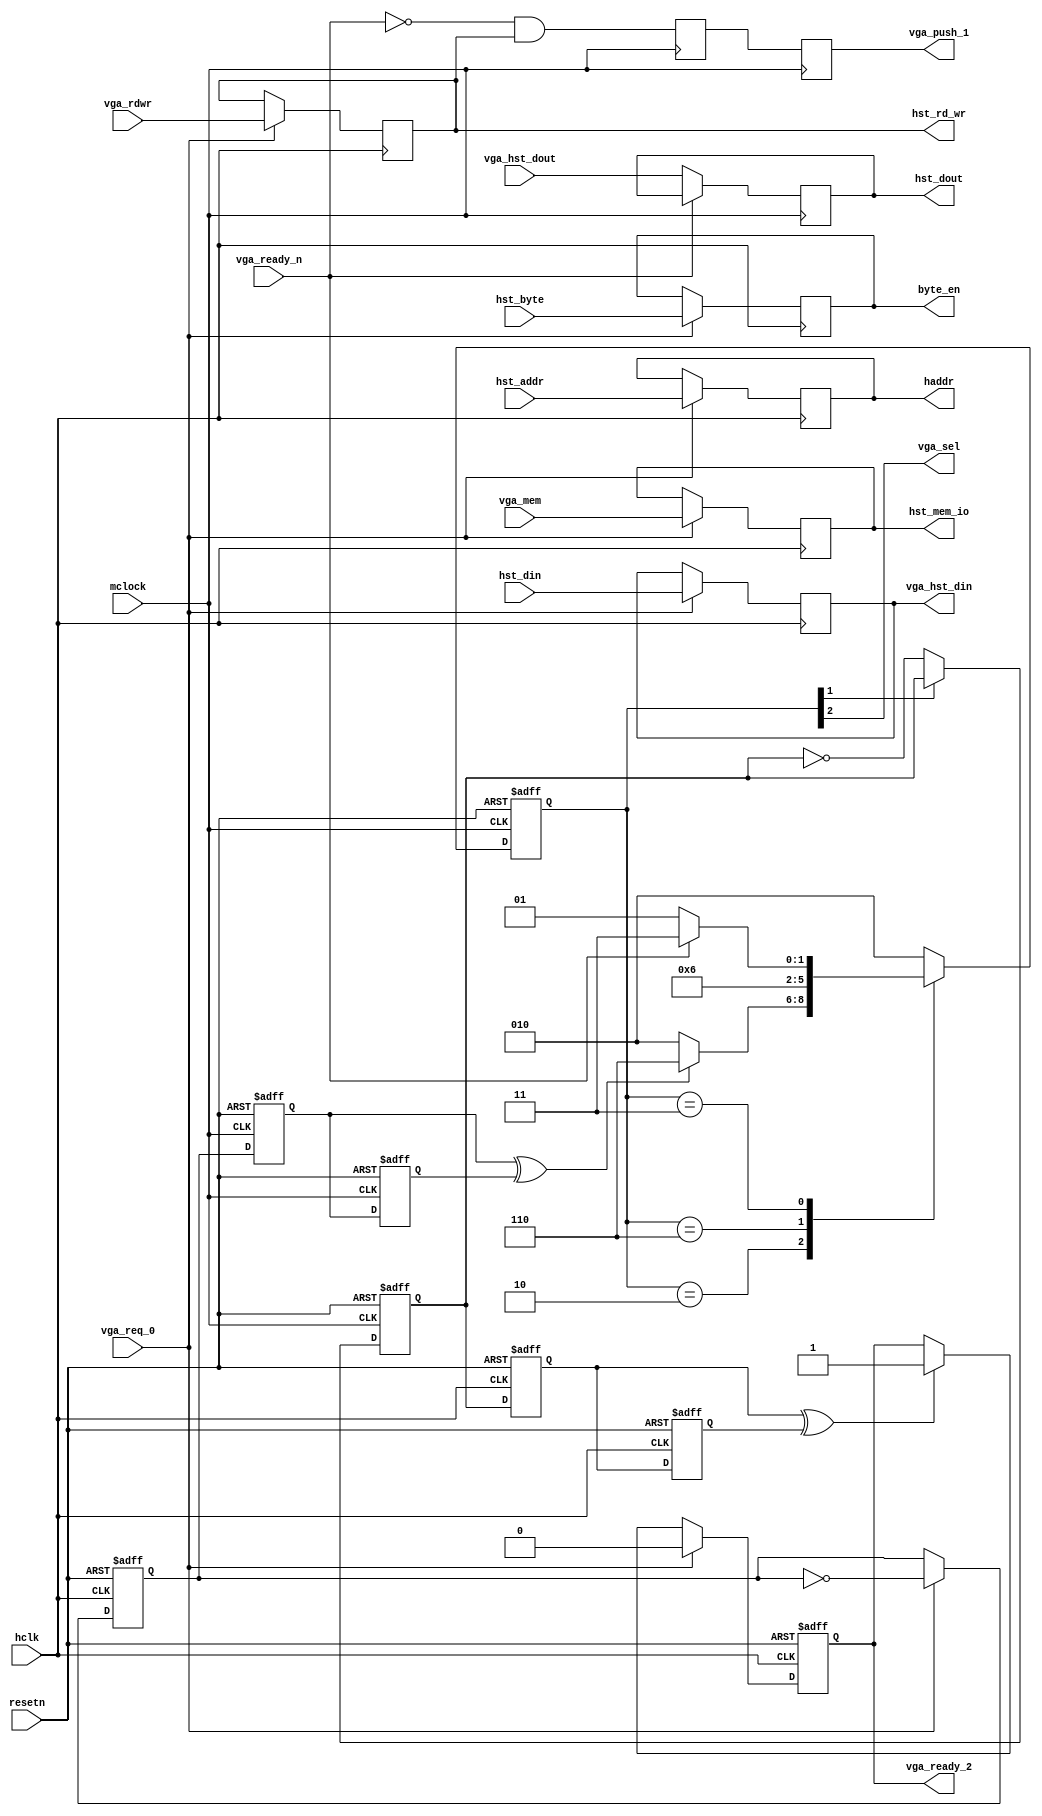
module vga_hint
    (
     input		hclk,		
     input		resetn,		
     input		vga_req_0,	
     input		vga_rdwr,	
     input		vga_mem,	
     input	[3:0]	hst_byte,	
     input	[31:0]	hst_din,	
     input	[22:0]	hst_addr,	
     input		mclock,		
     input	[31:0]	vga_hst_dout,	
     input		vga_ready_n,	
     output reg	[31:0]	hst_dout,	
     output reg	[31:0]	vga_hst_din,	
     output reg	[22:0]	haddr,		
     output		vga_sel,	
     output reg		hst_rd_wr,	
     output reg	[3:0]	byte_en,	
     output reg		hst_mem_io,	
     output reg		vga_ready_2,
     output reg		vga_push_1
     );
  reg [2:0] 		cstate, nstate;
  reg 			done_0, done_1;
  reg 			toggle_req, toggle_done;
  reg 			req0, req1;
  reg 			vga_push_0;
  wire 			svga_req;	
  wire 			vga_clear;
  parameter 		
			vga_0 = 3'b010,
			vga_1 = 3'b110,
			vga_2 = 3'b011,
			vga_3 = 3'b001;
  always @(posedge hclk)
    if (vga_req_0) begin
      vga_hst_din  <= hst_din;
      haddr        <= hst_addr;
      hst_rd_wr    <= vga_rdwr;
      hst_mem_io   <= vga_mem;
      byte_en      <= hst_byte;
    end
  always @(posedge hclk or negedge resetn)
    if (!resetn) begin
      toggle_req  <= 1'b0;
      vga_ready_2 <= 1'b1;
      done_0      <= 1'b0;
      done_1      <= 1'b0;
    end else begin
      done_0 <= toggle_done;
      done_1 <= done_0;
      if (vga_req_0) begin
	toggle_req  <= ~toggle_req;
	vga_ready_2 <= 1'b0;
      end else if (done_0 ^ done_1) vga_ready_2 <= 1'b1;
    end
  always @(posedge mclock or negedge resetn)
    if (!resetn) begin
      toggle_done <= 1'b0;
      req0 <= 1'b0;
      req1 <= 1'b0;
    end else begin
      req0 <= toggle_req;
      req1 <= req0;
      if (~vga_clear) toggle_done <= ~toggle_done;
    end
  always @(posedge mclock or negedge resetn)
    if (!resetn) cstate <= vga_0;
    else	 cstate <= nstate;
  assign svga_req = req0 ^ req1;
  always @* begin
    nstate = vga_0;
    case(cstate)
      vga_0: begin
	if (svga_req)     nstate = vga_1;
	else              nstate = vga_0;
      end 
      vga_1:              nstate = vga_2;
      vga_2: begin
	if (!vga_ready_n) nstate = vga_3;
	else              nstate = vga_2;
      end 
      vga_3:              nstate = vga_0;
      default:            nstate = vga_0; 
    endcase
  end
  assign vga_sel   = cstate[2];
  assign vga_clear = cstate[1];
  always @(posedge mclock) begin
    if (!vga_ready_n) hst_dout <= vga_hst_dout;
    vga_push_1 <= vga_push_0 ;
    vga_push_0 <= ~vga_ready_n & hst_rd_wr;
  end
endmodule